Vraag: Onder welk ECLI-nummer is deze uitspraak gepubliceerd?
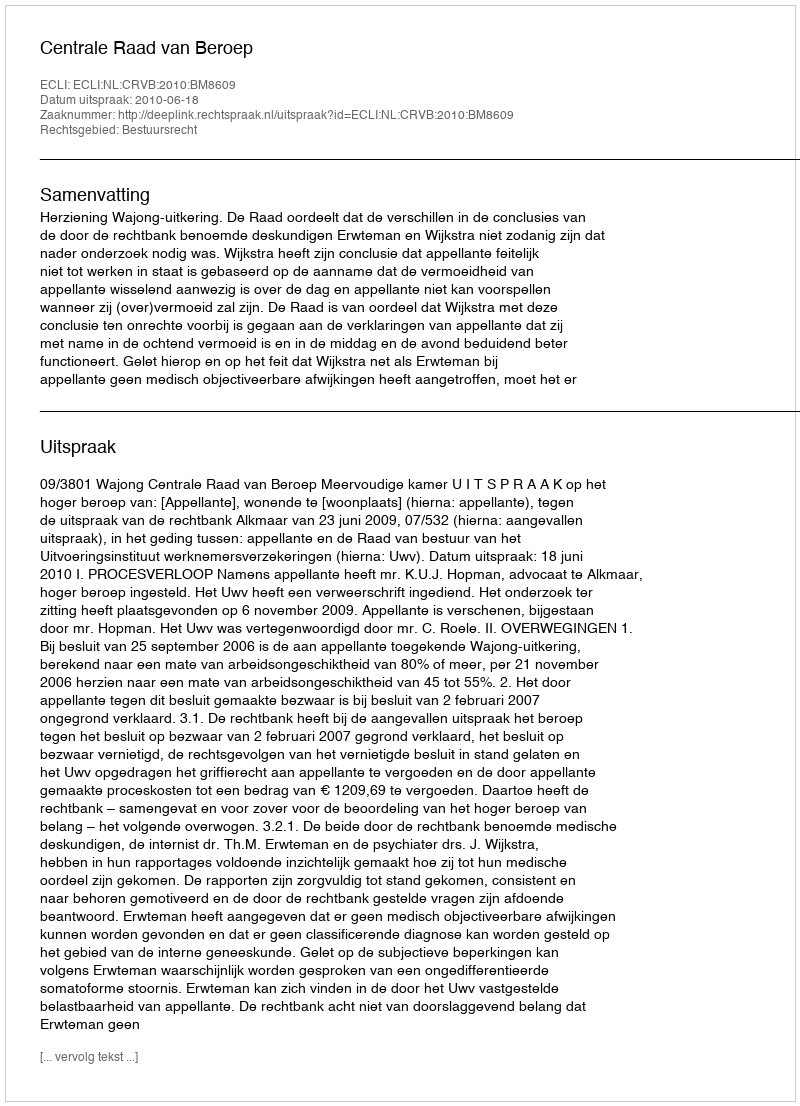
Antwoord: ECLI:NL:CRVB:2010:BM8609